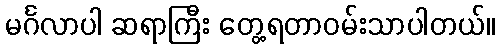
မင်္ဂလာပါ ဆရာကြီး တွေ့ရတာဝမ်းသာပါတယ်။